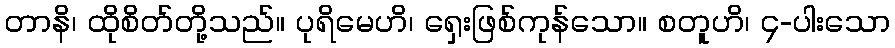
တာနိ၊ ထိုစိတ်တို့သည်။ ပုရိမေဟိ၊ ရှေးဖြစ်ကုန်သော။ စတူဟိ၊ ၄-ပါးသော